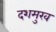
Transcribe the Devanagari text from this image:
दशमुख